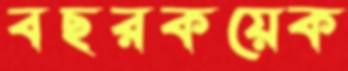
বছরকয়েক